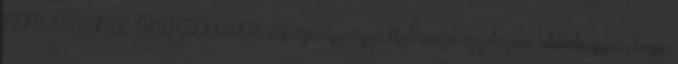
NEM LESZNEK ÖNGYILKOSOK asperjangyorgy: Hát majd igyekszem abbahagyni, hogy